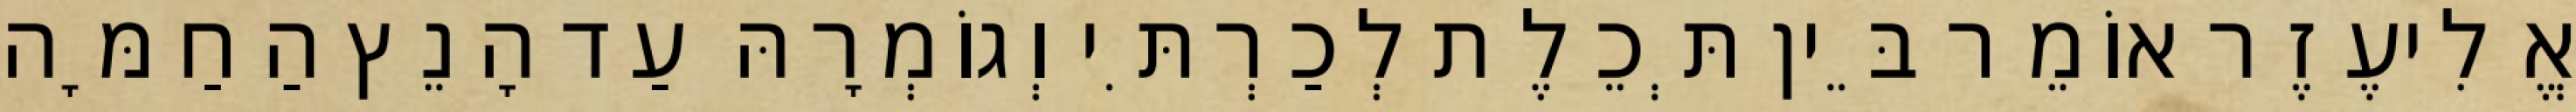
אֱלִיעֶזֶר אוֹמֵר בֵּין תְּכֵלֶת לְכַרְתִּי וְגוֹמְרָהּ עַד הָנֵץ הַחַמָּה